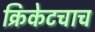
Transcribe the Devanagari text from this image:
क्रिकेटचाच